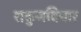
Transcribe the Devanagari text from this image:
शकुनविचार